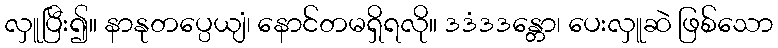
လှူပြီး၍။ နာနုတပ္ပေယျံ၊ နောင်တမရှိရလို။ ဒဒံဒဒန္တော၊ ပေးလှူဆဲ ဖြစ်သော